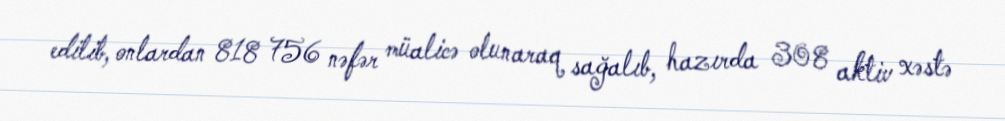
edilib, onlardan 818 756 nəfər müalicə olunaraq sağalıb, hazırda 308 aktiv xəstə